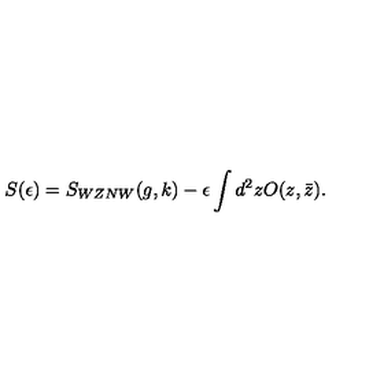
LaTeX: S ( \epsilon ) = S _ { W Z N W } ( g , k ) - \epsilon \int d ^ { 2 } z O ( z , \bar { z } ) .